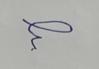
Signature authenticity: forged